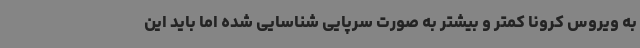
به ویروس کرونا کمتر و بیشتر به صورت سرپایی شناسایی‌ شده اما باید این